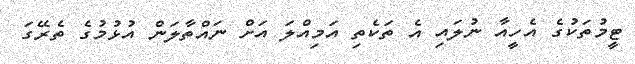
ޓީމުތަކުގެ އެހީއާ ނުލައި އެ ތަކެތި އަމިއްލަ އަށް ނައްތާލަން އުޅުމުގެ ތެރޭގަ